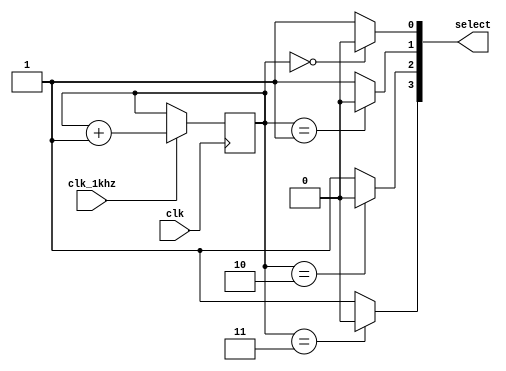
`timescale 1ns / 1ps
//////////////////////////////////////////////////////////////////////////////////
// Company: 
// Engineer: 
// 
// Design Name: 
// Module Name: scan
// Project Name: 
// Target Devices: 
// Tool Versions: 
// Description: 
// 
// Dependencies: 
// 
// Revision:
// Revision 0.01 - File Created
// Additional Comments:
// 
//////////////////////////////////////////////////////////////////////////////////

module scan(
    input clk,
    input clk_1khz,
    output wire [3:0] select//
    );
    reg [1:0] t;
    initial t = 0;
    
    assign select[0] = (t == 2'b00)? 0: 1;
    assign select[1] = (t == 2'b01)? 0: 1;
    assign select[2] = (t == 2'b10)? 0: 1;
    assign select[3] = (t == 2'b11)? 0: 1;
    
    always@(negedge clk)
    begin
        if(clk_1khz == 1) t <= t + 1;
    end
endmodule